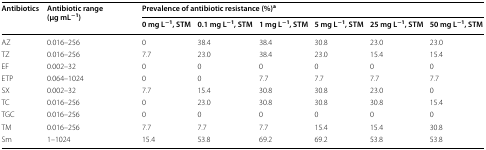
| <ROWSPAN=2> Antibiotics | <ROWSPAN=2> Antibiotic range (μg mL−1) | <COLSPAN=6> Prevalence of antibiotic resistance (%)a |
 | 0 mg L−1, STM | 0.1 mg L−1, STM | 1 mg L−1, STM | 5 mg L−1, STM | 25 mg L−1, STM | 50 mg L−1, STM |
 | --- | --- | --- | --- | --- | --- | --- | --- |
 | AZ | 0.016–256 | 0 | 38.4 | 38.4 | 30.8 | 23.0 | 23.0 |
 | TZ | 0.016–256 | 7.7 | 23.0 | 38.4 | 23.0 | 15.4 | 15.4 |
 | EF | 0.002–32 | 0 | 0 | 0 | 0 | 0 | 0 |
 | ETP | 0.064–1024 | 0 | 0 | 7.7 | 7.7 | 7.7 | 7.7 |
 | SX | 0.002–32 | 7.7 | 15.4 | 30.8 | 30.8 | 23.0 | 0 |
 | TC | 0.016–256 | 0 | 23.0 | 30.8 | 30.8 | 30.8 | 15.4 |
 | TGC | 0.016–256 | 0 | 0 | 0 | 0 | 0 | 0 |
 | TM | 0.016–256 | 7.7 | 7.7 | 7.7 | 15.4 | 15.4 | 30.8 |
 | Sm | 1–1024 | 15.4 | 53.8 | 69.2 | 69.2 | 53.8 | 53.8 |